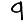
Digit: 9